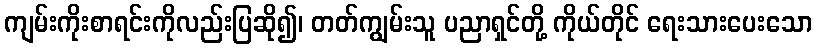
ကျမ်းကိုးစာရင်းကိုလည်းပြဆို၍၊ တတ်ကျွမ်းသူ ပညာရှင်တို့ ကိုယ်တိုင် ရေးသားပေးသော